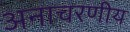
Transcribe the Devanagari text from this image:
अनाचरणीय